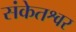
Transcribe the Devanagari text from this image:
संकेतश्वर